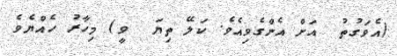
(އެވަގުތު  އަށް އެންގެވިއެވެ. ކަލޭ ތިޔަ  ވީ) މިހާރު ހެއްޔެވެ